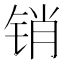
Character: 销